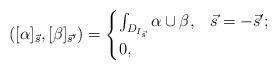
LaTeX: \begin{align*}([\alpha]_{\vec s},[\beta]_{\vec s^\prime}) = \begin{cases}\int_{D_{I_{\vec s}}} \alpha\cup\beta, & \vec s=-\vec s^\prime;\\0, &\end{cases}\end{align*}